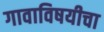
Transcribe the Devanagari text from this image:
गावाविषयीचा